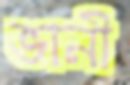
ভানী